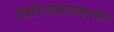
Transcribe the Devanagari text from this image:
दैनंदिनजिवनातील